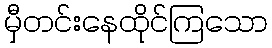
မှီတင်းနေထိုင်ကြသော